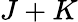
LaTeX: J+K